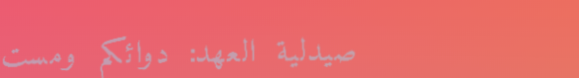
صيدلية العهد: دوائكم ومست